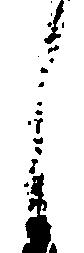
し